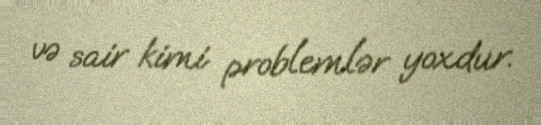
və sair kimi problemlər yoxdur.